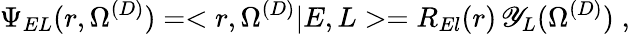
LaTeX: \Psi_{EL}(r,\Omega^{(D)})=<r,\Omega^{(D)}|E,L>=R_{El}(r)\, \mathscr{Y}_{L}(\Omega^{(D)})\; ,